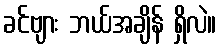
ခင်ဗျား ဘယ်အချိန် ရှိလဲ။